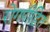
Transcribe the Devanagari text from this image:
रोगपीड़ित